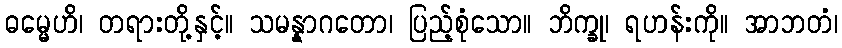
ဓမ္မေဟိ၊ တရားတို့နှင့်။ သမန္နာဂတော၊ ပြည့်စုံသော။ ဘိက္ခု၊ ရဟန်းကို။ အာဘတံ၊